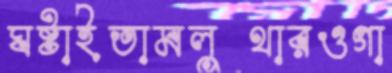
ঘষ্‌টাইতামলুথারওগা